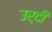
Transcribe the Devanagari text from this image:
उर्दी